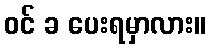
ဝင် ခ ပေးရမှာလား။